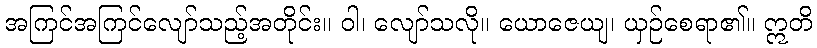
အကြင်အကြင်လျော်သည့်အတိုင်း။ ဝါ၊ လျော်သလို။ ယောဇေယျ၊ ယှဉ်စေရာ၏။ ဣတိ